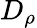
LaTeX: D_{\rho}